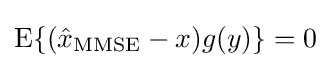
\operatorname {E} \{({\hat {x}}_{\operatorname {MMSE} }-x)g(y)\}=0